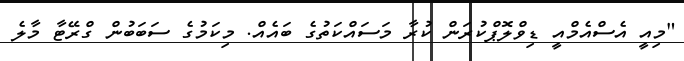
"މިއީ އެސްއެމްއީ ޑިވްލޮޕްކުރަން ކުރާ މަސައްކަތުގެ ބައެއް. މިކަމުގެ ސަބަބުން ގްރޭޓާ މާލެ